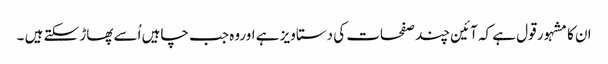
ان کا مشہور قول ہے کہ آئین چند صفحات کی دستاویز ہے اوروہ جب چاہیں اُسے پھاڑ سکتے ہیں ۔